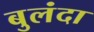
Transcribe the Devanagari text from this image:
बुलंदा